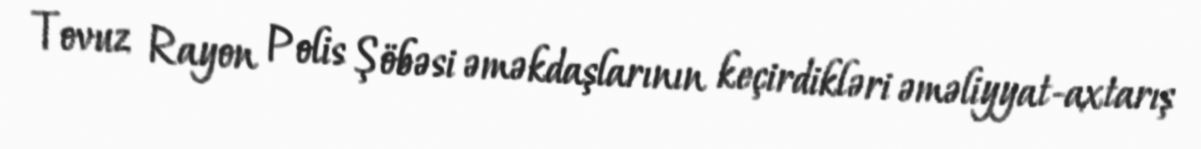
Tovuz Rayon Polis Şöbəsi əməkdaşlarının keçirdikləri əməliyyat-axtarış